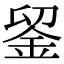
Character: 𨥫